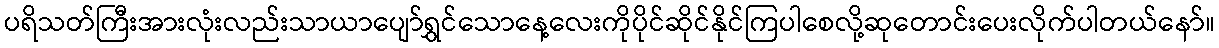
ပရိသတ်ကြီးအားလုံးလည်းသာယာပျော်ရွှင်သောနေ့လေးကိုပိုင်ဆိုင်နိုင်ကြပါစေလို့ဆုတောင်းပေးလိုက်ပါတယ်နော်။